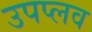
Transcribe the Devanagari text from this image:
उपप्लव